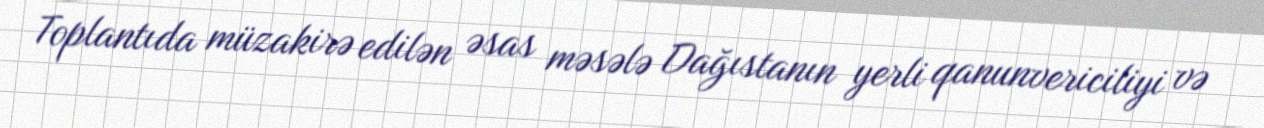
Toplantıda müzakirə edilən əsas məsələ Dağıstanın yerli qanunvericiliyi və